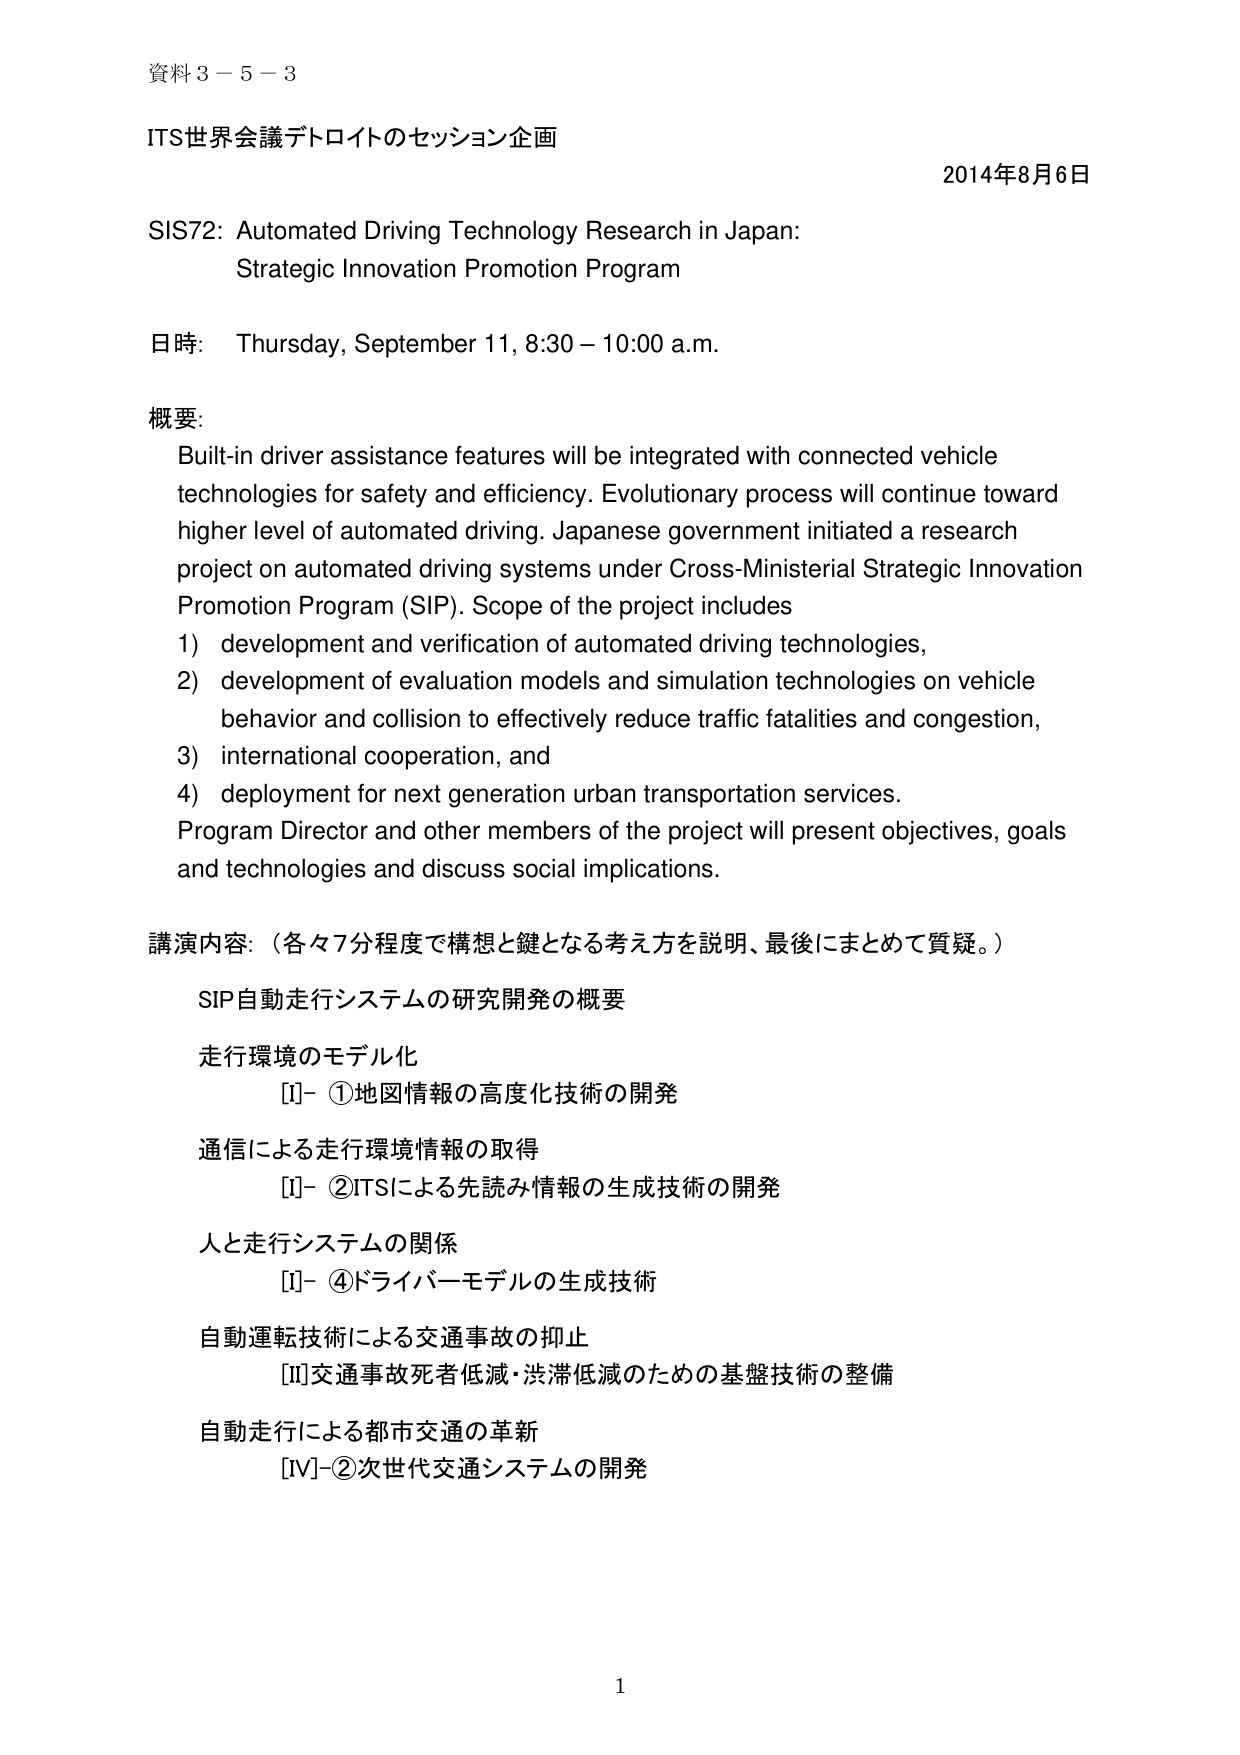
資料３－５－３

ITS世界会議デトロイトのセッション企画

2014年8月6日

SIS72: Automated Driving Technology Research in Japan:
Strategic Innovation Promotion Program

日時: Thursday, September 11, 8:30 – 10:00 a.m.

概要:
Built-in driver assistance features will be integrated with connected vehicle
technologies for safety and efficiency. Evolutionary process will continue toward
higher level of automated driving. Japanese government initiated a research
project on automated driving systems under Cross-Ministerial Strategic Innovation
Promotion Program (SIP). Scope of the project includes
1) development and verification of automated driving technologies,
2) development of evaluation models and simulation technologies on vehicle
behavior and collision to effectively reduce traffic fatalities and congestion,
3) international cooperation, and
4) deployment for next generation urban transportation services.
Program Director and other members of the project will present objectives, goals
and technologies and discuss social implications.

講演内容:（各々7分程度で構想と鍵となる考え方を説明、最後にまとめて質疑。）
SIP自動走行システムの研究開発の概要
走行環境のモデル化
　[Ⅰ]-①地図情報の高度化技術の開発
通信による走行環境情報の取得
　[Ⅰ]-②ITSによる先読み情報の生成技術の開発
人と走行システムの関係
　[Ⅰ]-④ドライバーモデルの生成技術
自動運転技術による交通事故の抑止
　[Ⅱ]交通事故死者低減・渋滞低減のための基盤技術の整備
自動走行による都市交通の革新
　[Ⅳ]-②次世代交通システムの開発

1